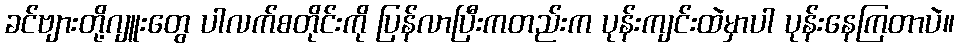
ခင်ဗျားတို့ဂျူးတွေ ပါလက်စတိုင်းကို ပြန်လာပြီးကတည်းက ပုန်းကျင်းထဲမှာပါ ပုန်းနေကြတာပဲ။